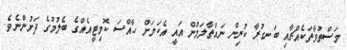
މަސްތުވާތަކެއްޗާއި ބަނގުރާ ކުރިން ނައްތާލަމުން އައީ އެކަމަށް ހާއްސަ ކޮމިޓީއެއްގެ ބެލުމުގެ ދަށުންނެވެ.